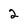
Character: 2